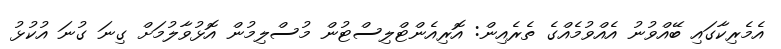
އެމެރިކާގައި ބޭއްވުނު އެއްވުމެއްގެ ތެރެއިން: އޮރިއެންޓްލިސްޓުން މުސްލިމުން އޮޅުވާލުމަށް ގިނަ ގުނަ އުކުޅު